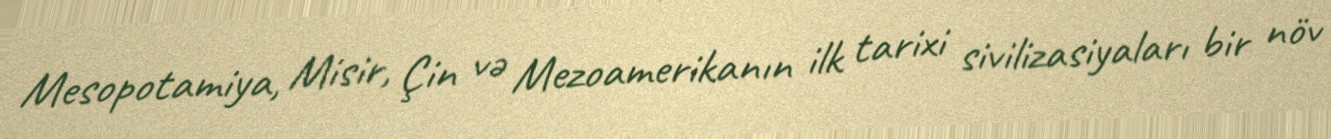
Mesopotamiya, Misir, Çin və Mezoamerikanın ilk tarixi sivilizasiyaları bir növ